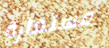
مستعارة